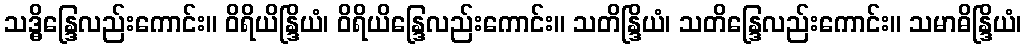
သဒ္ဓိန္ဒြေလည်းကောင်း။ ဝိရိယိန္ဒြိယံ၊ ဝိရိယိန္ဒြေလည်းကောင်း။ သတိန္ဒြိယံ၊ သတိန္ဒြေလည်းကောင်း။ သမာဓိန္ဒြိယံ၊